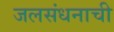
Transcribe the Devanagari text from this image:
जलसंधनाची